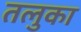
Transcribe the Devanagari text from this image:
तलुका